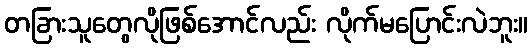
တခြားသူတွေလိုဖြစ်အောင်လည်း လိုက်မပြောင်းလဲဘူး။